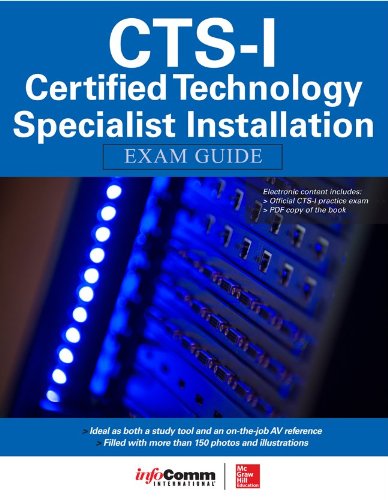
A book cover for CTS-I Certified Technology Specialist-Installation Exam Guide; Shonan Noronha; Computers & Technology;